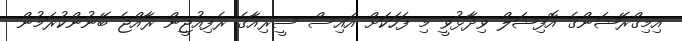
އިމިގްރޭޝަންގެ އޮފިޝަލް ވިދާޅުވީ މި ފަހަކަށް އައިސް ސީރިއާގެ ރެފިއުޖީން ރާއްޖެ ބޭނުންކުރަމުން